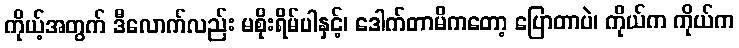
ကိုယ့်အတွက် ဒီလောက်လည်း မစိုးရိမ်ပါနှင့်၊ ဒေါက်တာမိကတော့ ပြောတာပဲ၊ ကိုယ်က ကိုယ်က